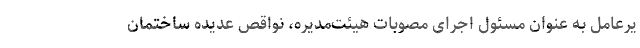
یرعامل به عنوان مسئول اجرای مصوبات هیئت‌مدیره، نواقص عدیده ساختمان